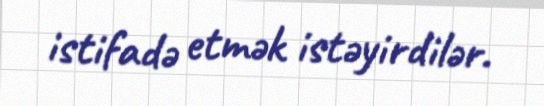
istifadə etmək istəyirdilər.